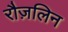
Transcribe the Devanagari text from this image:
रौज़लिन